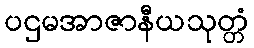
ပဌမအာဇာနီယသုတ္တံ